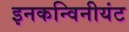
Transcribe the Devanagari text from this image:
इनकन्विनीयंट